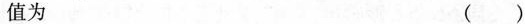
值为 ()